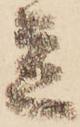
立